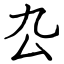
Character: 厹